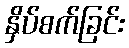
နှိပ်စက်ခြင်း